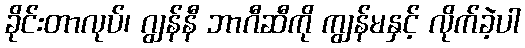
ခိုင်းတာလုပ်၊ ဂျွန်နီ ဘာဂီဆီကို ကျွန်မနှင့် လိုက်ခဲ့ပါ